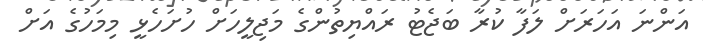
އަންނަ އަހަރަށް ލަފާ ކުރާ ބަޖެޓު ރައްޔިތުންގެ މަޖިލީހަށް ހުށަހެޅީ މިމަހުގެ އަށް